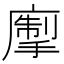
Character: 𢳅